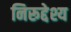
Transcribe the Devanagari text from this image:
निरूद्देश्य